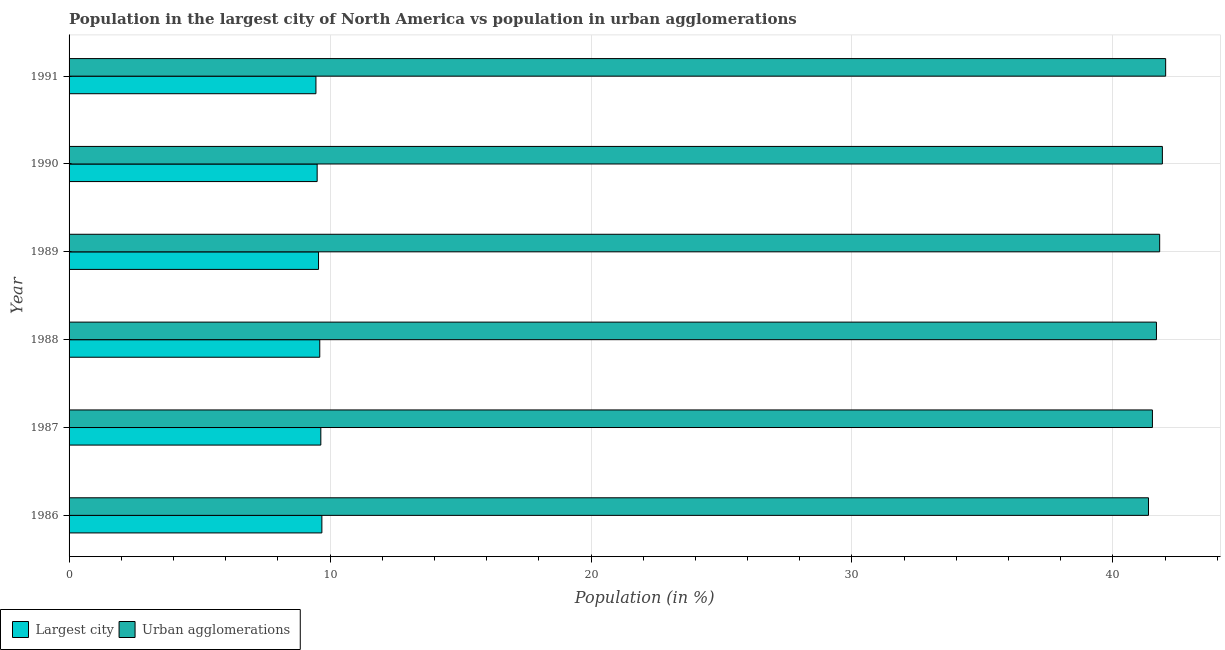
| Year | Largest city | Urban agglomerations |
 | --- | --- | --- |
 | 1986 | 9.69 | 41.4 |
 | 1987 | 9.65 | 41.5 |
 | 1988 | 9.61 | 41.7 |
 | 1989 | 9.56 | 41.8 |
 | 1990 | 9.51 | 41.9 |
 | 1991 | 9.46 | 42 |